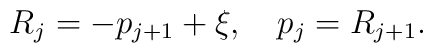
R_{j} = -p_{j+1} + \xi, ~~~ p_{j} =  R_{j+1} .